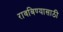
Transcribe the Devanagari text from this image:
रावबिण्यासाठी